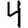
Digit: 4